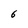
Character: 6